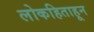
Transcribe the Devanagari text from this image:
लोकहिताहून